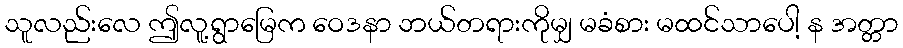
သူလည်းလေ ဤလူ့ရွာမြေက ဝေဒနာ ဘယ်တရားကိုမျှ မခံစား မထင်သာပေါ့ န အတ္တာ